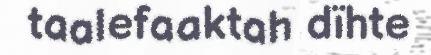
taalefaaktah dïhte